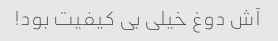
آش دوغ خیلی بی کیفیت بود!